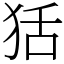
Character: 狧